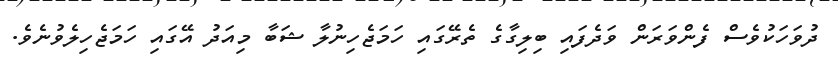
ދުވަހަކުވެސް ފެންވަރަން ވަދެފައި ބިލިގާގެ ތެރޭގައި ހަމަޖެހިނުލާ ޝަބާ މިއަދު އޭގައި ހަމަޖެހިލެވުނެވެ.